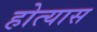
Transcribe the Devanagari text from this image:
होत्यास